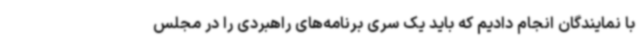
با نمایندگان انجام دادیم که باید یک سری برنامه‌های راهبردی را در مجلس